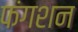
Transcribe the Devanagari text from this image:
फंगशन